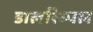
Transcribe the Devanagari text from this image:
डालरिम्पल